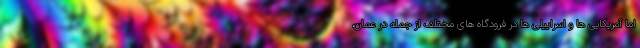
اما آمریکایی ها و اسراییلی ها در فرودگاه های مختلف از جمله در عمان،